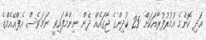
އަދި ކޮންމެ އުމުރުފުރާއަކަށް 25 ކުދިންގެ ޖާގައެއް ދޭން ނިންމާފައިވީ ނަމަވެސް އެފްއޭއެމްގެ